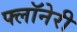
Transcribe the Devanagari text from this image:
फ्लॉनेरी